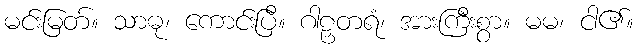
မင်းမြတ်။ သာဓု၊ ကောင်းပြီ။ ဂါဠှတရံ၊ အားကြီးစွာ။ မမ၊ ငါ၏။